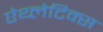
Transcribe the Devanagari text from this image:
ऐथ्लेटिक्स